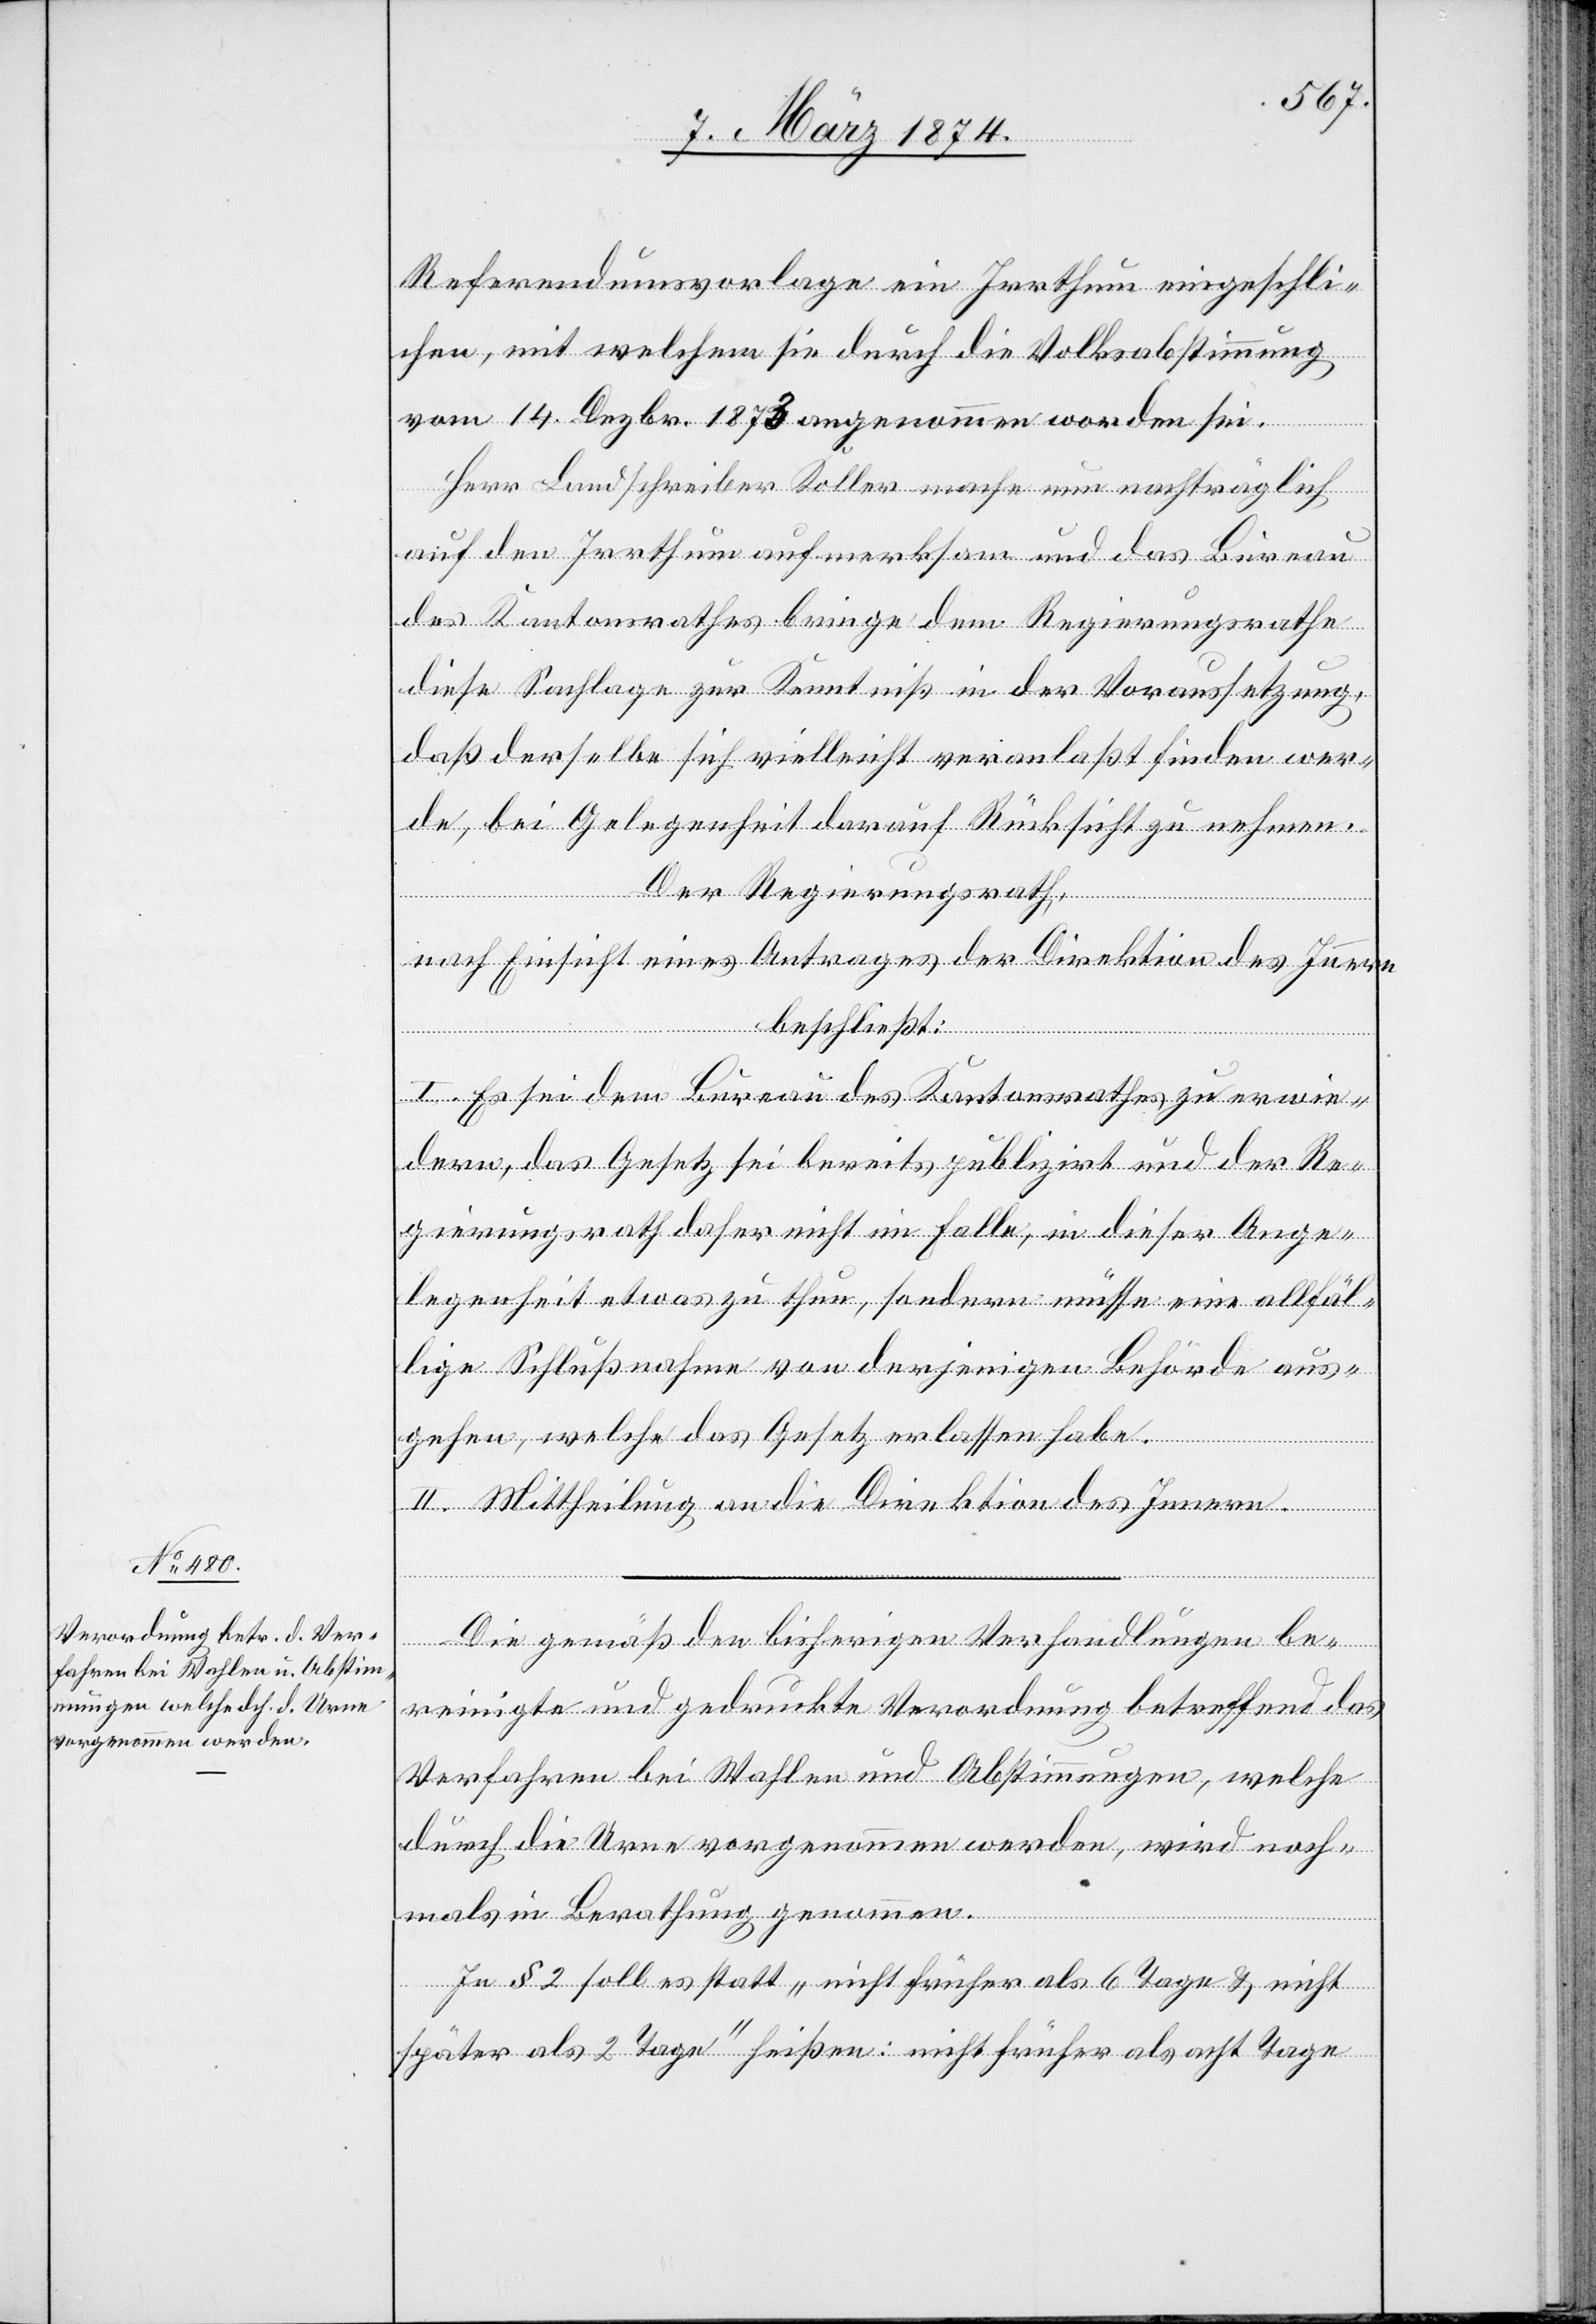
Referendumsvorlage ein Irrthum eingeschli¬
chen, mit welchem sie durch die Volksabstimmung
vom 14. Dezbr. 1873 angenommen worden sei.
Herr Landschreiber Koller mache nun nachträglich
auf den Irrthum aufmerksam und das Bureau
des Kantonsrathes bringe dem Regierungsrathe
diese Sachlage zur Kenntniß in der Voraussetzung,
daß derselbe sich vielleicht veranlaßt finden wer¬
de, bei Gelegenheit darauf Rücksicht zu nehmen.
Der Regierungsrath,
nach Einsicht eines Antrages der Direktion des Innern,
beschließt:
I. Es sei dem Bureau des Kantonsrathes zu erwie¬
dern das Gesetz sei bereits publizirt und der Re¬
gierungsrath daher nicht im Falle, in dieser Ange¬
legenheit etwas zu thun, sondern müsse eine allfäl¬
lige Schlußnahme von derjenigen Behörde aus¬
gehen, welche das Gesetz erlassen habe.
II. Mittheilung an die Direktion des Innern.
Die gemäß den bisherigen Verhandlungen be¬
reinigte und gedruckte Verordnung betreffend das
Verfahren bei Wahlen und Abstimmungen, welche
durch die Urne vorgenommen werden, wird noch¬
mals in Berathung genommen.
In § 2 soll es statt „nicht früher als 6 Tage u. nicht
später als 2 Tage“ heißen: nicht früher als acht Tage